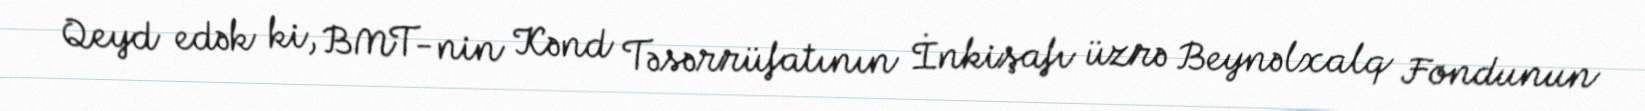
Qeyd edək ki, BMT-nin Kənd Təsərrüfatının İnkişafı üzrə Beynəlxalq Fondunun